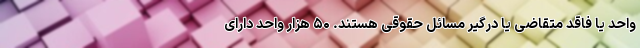
واحد یا فاقد متقاضی یا درگیر مسائل حقوقی هستند. ۵۰ هزار واحد دارای